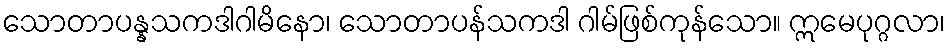
သောတာပန္နသကဒါဂါမိနော၊ သောတာပန်သကဒါ ဂါမ်ဖြစ်ကုန်သော။ ဣမေပုဂ္ဂလာ၊